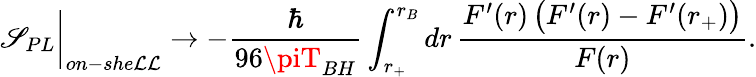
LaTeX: \mathscr{S}_{PL}\biggr\vert_{on-she\mathcal{L}\mathcal{L}}\rightarrow-\frac{{\hbar}}{{96\piT_{BH}}}\int_{r_{+}}^{r_{B}}dr\, \frac{{F^{\prime}(r)\, \bigl(F^{\prime}(r)-F^{\prime}(r_{+})\bigl)}}{{F(r)}}.